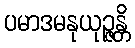
ပမာဒမနုယုဉ္ဇန္တိ